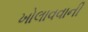
ખોલાવવાની